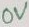
Text: 0V